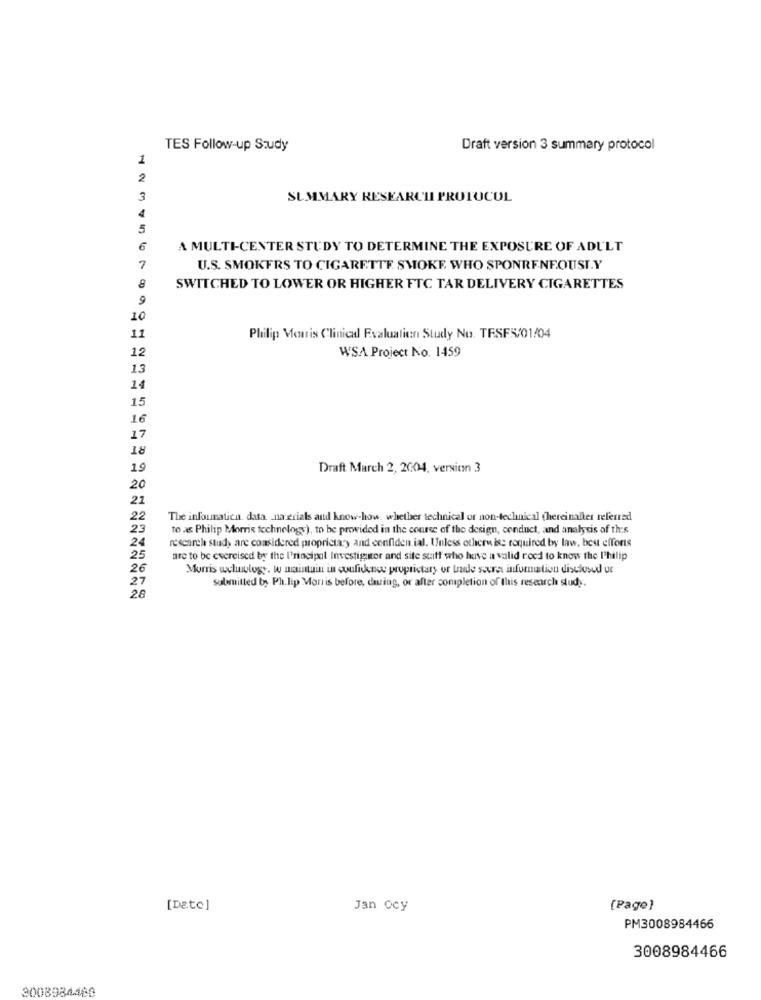
TES Follow-up Study
Draft version 3 summary protocol
1
2
3
SUMMARY RESEARCH PROTOCOL
4
5
6
A MULTI-CENTER STUDY TO DETERMINE THE EXPOSURE OF ADULT
7
U.S. SMOKERS TO CIGARETTE SMOKE WHO SPONRENEOUSI.Y
8
SWITCHED TO LOWER OR HIGHER FTC TAR DELIVERY CIGARETTES
9
10
11
Philip Morris Clinical Evaluation Study No. TESFS/01/04
12
WSA Project No. 1459
13
14
15
16
17
18
19
Draft March 2, 2004, version 3
20
21
22
The infounatica. data _na erials and know-how. whether technical or non-technical (hereinafter referred
23
to as Philip Morris technology), to be provided in the course of the design, conduct, and analysis of this
24
research study are considered proprietary and confidential. Unless otherwise required by law, best efforts
25
are to be exercised by the I'nincipal Investigator and site statt who have a valid roed to know the Philip
26
Morris wehnology. wo maintuin in confidence proprietary or Indle sovra information disclosed ue
27
submitted by Ph.lip Morris before, during, or after completion of this research study.
28
[Date]
Jan ocy
[Page]
PM3008984466
3008984466
3008984460